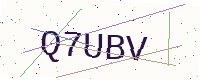
Text: Q7UBV